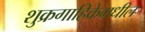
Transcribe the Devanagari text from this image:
शुक्रगाहिकेमधील